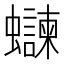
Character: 𫋨